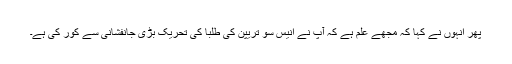
پھر انہوں نے کہا کہ مجھے علم ہے کہ آپ نے انیس سو تریپن کی طلبا کی تحریک بڑی جانفشانی سے کور کی ہے۔